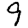
Digit: 9